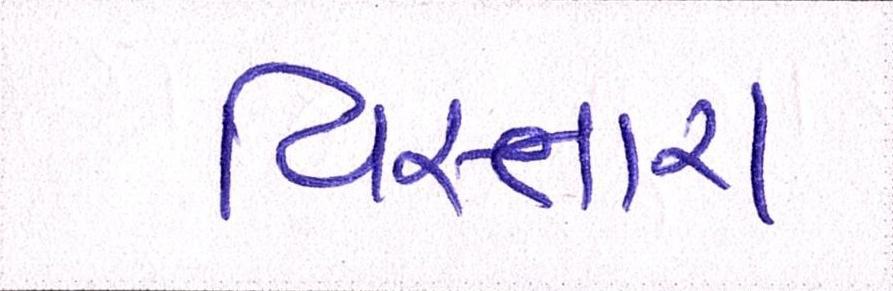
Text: વિસ્તારા